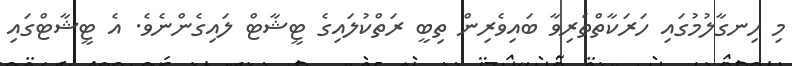
މި ހިނގާލުމުގައި ހަރަކާތްތެރިވާ ބައިވެރިން ތިބީ ރަތްކުލައިގެ ޓީޝާޓް ލައިގެންނެވެ. އެ ޓީޝާޓްގައި